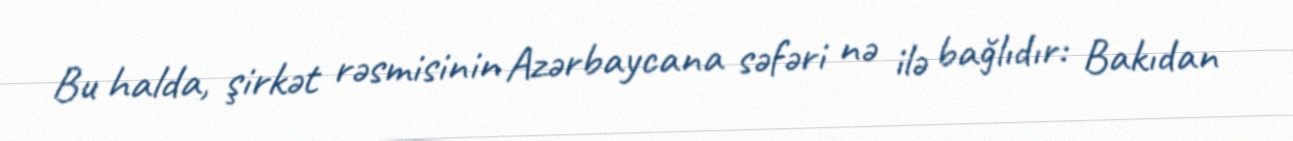
Bu halda, şirkət rəsmisinin Azərbaycana səfəri nə ilə bağlıdır: Bakıdan